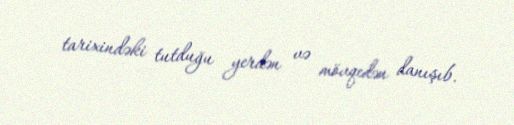
tarixindəki tutduğu yerdən və mövqedən danışıb.